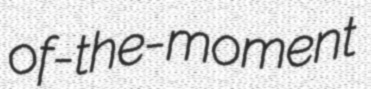
of-the-moment